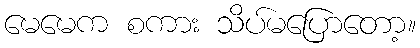
မေမေက စကား သိပ်မပြောတော့။